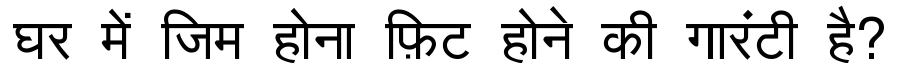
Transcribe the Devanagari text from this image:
घर में जिम होना फ़िट होने की गारंटी है?